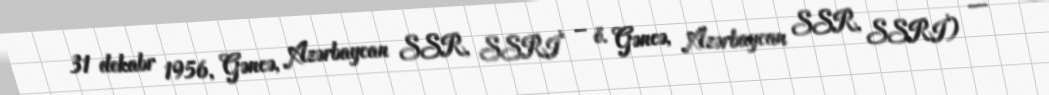
31 dekabr 1956, Gəncə, Azərbaycan SSR, SSRİ – ö. Gəncə, Azərbaycan SSR, SSRİ) —